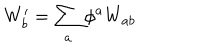
LaTeX: W _ { b } ^ { \prime } = \sum _ { a } \phi ^ { a } W _ { a b }